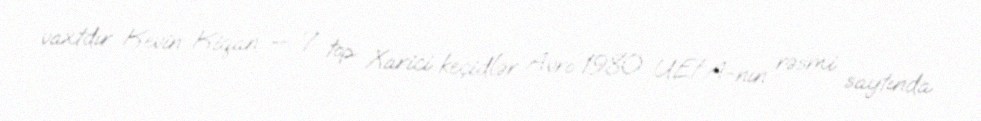
vaxtdır Kevin Kiqan — 7 top Xarici keçidlər Avro 1980 UEFA-nın rəsmi saytında